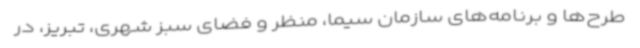
طرح‌ها و برنامه‌های سازمان سیما، منظر و فضای سبز شهری، تبریز، در